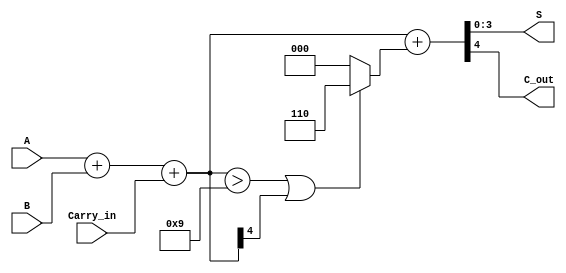
module BCD_Fast_Adder(
    input [3:0] A,       // First BCD digit
    input [3:0] B,       // Second BCD digit
    input Carry_in,      // Carry in from the previous addition
    output [3:0] S,      // BCD sum output
    output C_out         // Carry out
);

// Internal signals
wire [4:0] Sum;        // 5-bit sum to accommodate carry
wire correction_needed; // Flag for correction
wire [4:0] Corrected_Sum; // Corrected sum after adding 6

// Step 1: Perform binary addition
assign Sum = A + B + Carry_in;

// Step 2: Check if correction is needed
assign correction_needed = (Sum > 9) || (Sum[4]);

// Step 3: Correct the sum if necessary
assign Corrected_Sum = Sum + (correction_needed ? 5'd6 : 5'd0);

// Step 4: Assign outputs
assign S = Corrected_Sum[3:0]; // The lower 4 bits as the BCD sum
assign C_out = Corrected_Sum[4]; // The carry out from the correction

endmodule